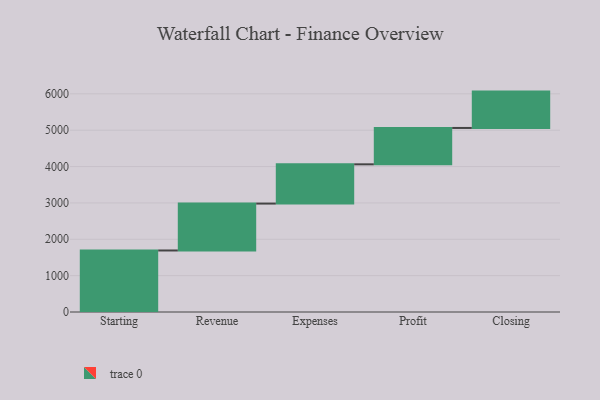
{"axis": {"x": "Step", "y": "Value"}, "legend": [""], "data": [{"x": "Starting", "y": 1692.0, "type": ""}, {"x": "Revenue", "y": 1290.0, "type": ""}, {"x": "Expenses", "y": 1080.0, "type": ""}, {"x": "Profit", "y": 1000, "type": ""}, {"x": "Closing", "y": 1000, "type": ""}]}